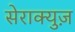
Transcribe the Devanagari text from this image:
सेराक्युज़